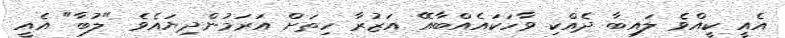
އެއީ ކީއްވެ ލައިބާ ދެއްކި ވާހަކައެއްބާއޭ އަޒުރާ ހިތަށް އަރަމުންދިޔައެވެ "ލުބާ" އެއީ